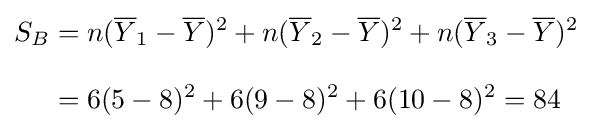
{\begin{aligned}S_{B}&=n({\overline {Y}}_{1}-{\overline {Y}})^{2}+n({\overline {Y}}_{2}-{\overline {Y}})^{2}+n({\overline {Y}}_{3}-{\overline {Y}})^{2}\\[8pt]&=6(5-8)^{2}+6(9-8)^{2}+6(10-8)^{2}=84\end{aligned}}